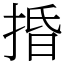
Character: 捪